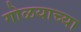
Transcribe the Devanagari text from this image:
गोळयाच्या